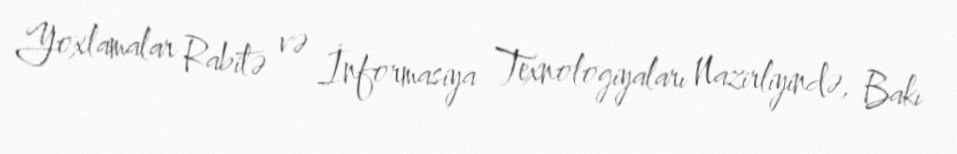
Yoxlamalar Rabitə və İnformasiya Texnologiyaları Nazirliyində, Bakı